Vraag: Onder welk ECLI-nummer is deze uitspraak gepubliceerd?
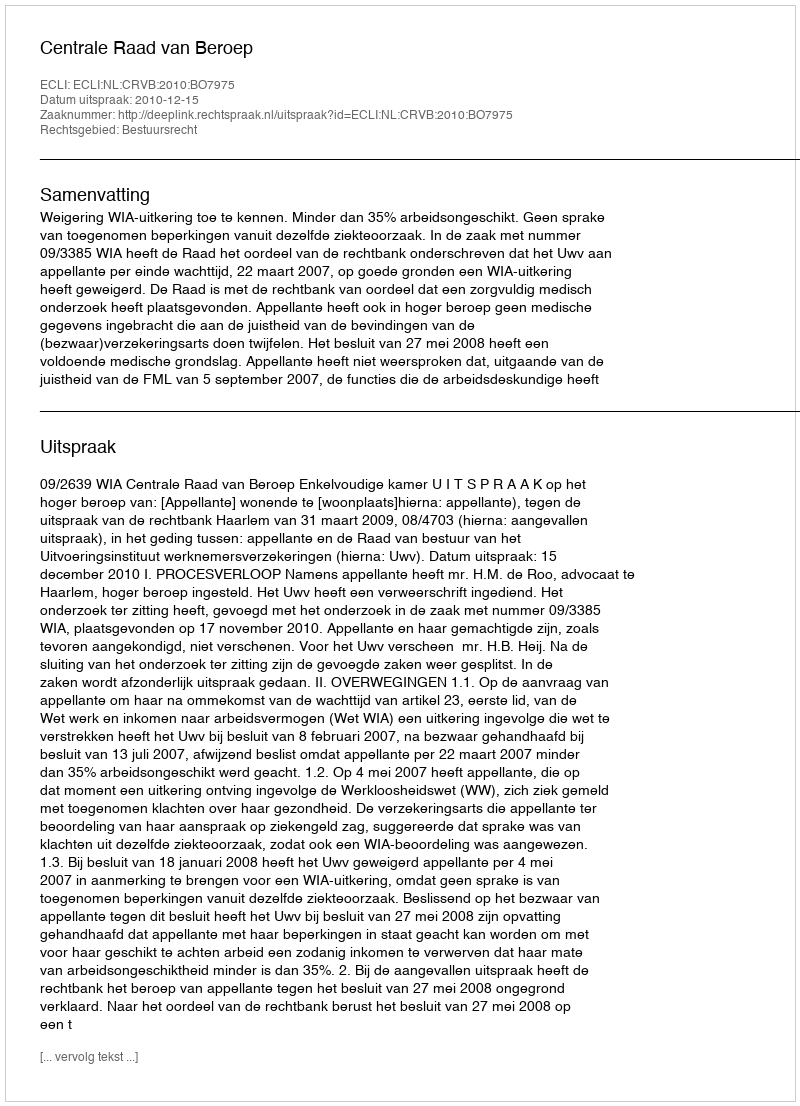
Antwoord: ECLI:NL:CRVB:2010:BO7975